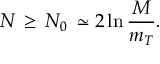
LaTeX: N \, \geq \, N _ { 0 } \, \simeq 2 \ln \frac { M } { m _ { T } } .